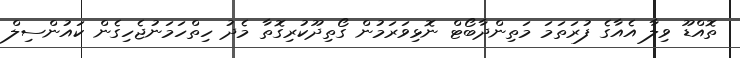
ތޮއްޑޫ ވިލާ އެއާގެ ފުރަތަމަ މަތިންދާބޯޓް ނޮޅިވަރަމުން ގޯތިދޫކުރިގޮތާ މެދު ހިތްހަމަނުޖެހިގެން ކައުންސިލް